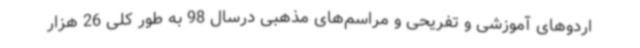
اردوهای آموزشی و تفریحی و مراسم‌های مذهبی درسال 98 به طور کلی 26 هزار